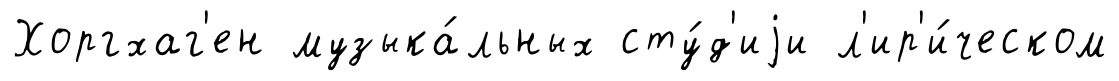
Хоргхаг'ен музыка́льных сту́д'иjи л'ир'и́ческом